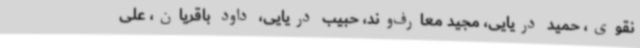
نقوی، حمید دریایی، مجید معارف‌وند، حبیب دریایی، داود باقریان، علی